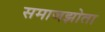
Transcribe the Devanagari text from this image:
समाजझोता